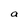
Character: a